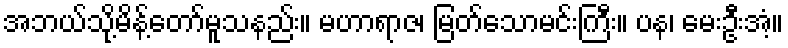
အဘယ်သို့မိန့်တော်မူသနည်း။ မဟာရာဇ၊ မြတ်သောမင်းကြီး။ ပန၊ မေးဦးအံ့။